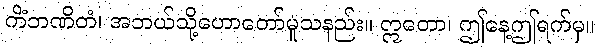
ကိံဘဏိတံ၊ အဘယ်သို့ဟောတော်မူသနည်း။ ဣတော၊ ဤနေ့ဤရက်မှ။